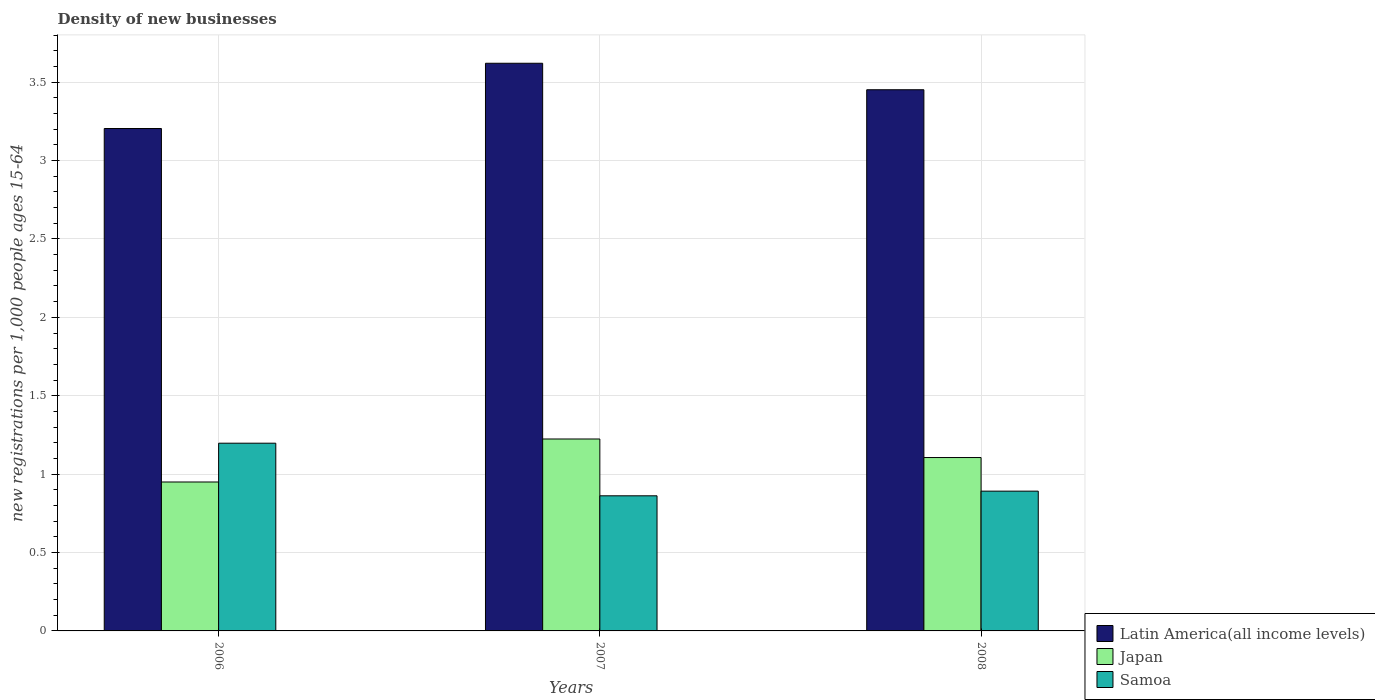
| Years | Latin America(all income levels) | Japan | Samoa |
 | --- | --- | --- | --- |
 | 2006 | 3.2 | 0.95 | 1.2 |
 | 2007 | 3.62 | 1.22 | 0.862 |
 | 2008 | 3.45 | 1.11 | 0.891 |